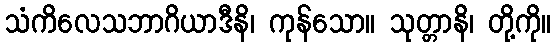
သံကိလေသဘာဂိယာဒီနိ၊ ကုန်သော။ သုတ္တာနိ၊ တို့ကို။